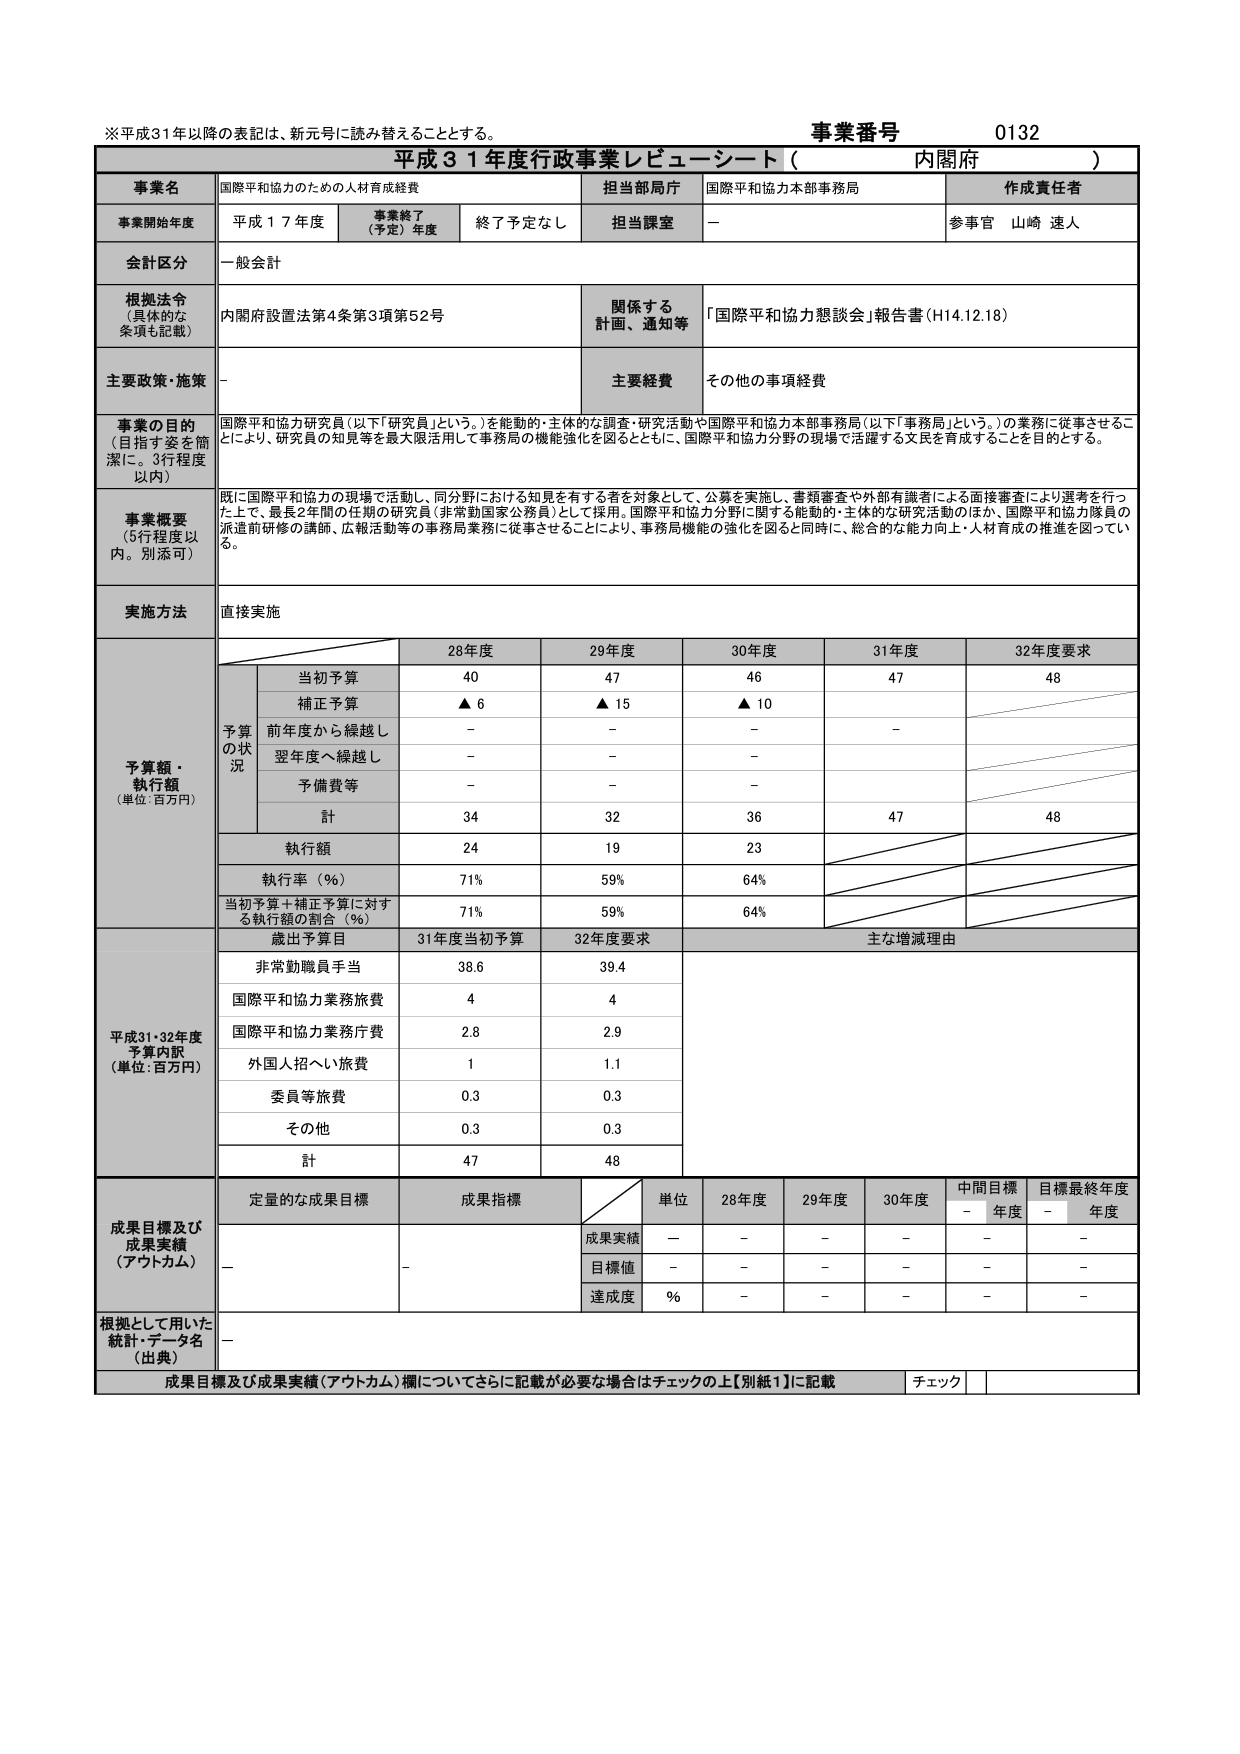
※平成31年以降の表記は、新元号に読み替えることとする。
事業番号 0132
平成31年度行政事業レビュー・シート（内閣府）

事業名 国際平和協力のための人材育成経費
担当部局庁 国際平和協力本部事務局
作成責任者 参事官 山崎 速人

事業開始年度 平成17年度
事業終了（予定）年度 終了予定なし
担当課室 －

会計区分 一般会計

根拠法令（具体的な条項も記載） 内閣府設置法第4条第3項第52号
関係する計画、通知等 「国際平和協力懇談会」報告書（H14.12.18）

主要政策・施策 －
主要経費 その他の事項経費

事業の目的（目指す姿を簡潔に。3行程度以内）
国際平和協力研究員（以下「研究員」という。）を能動的・主体的な調査・研究活動や国際平和協力本部事務局（以下「事務局」という。）の業務に従事させることにより、研究員の知見等を最大限活用して事務局の機能強化を図るとともに、国際平和協力分野の現場で活躍する文民を育成することを目的とする。

事業概要（5行程度以内。別添可）
既に国際平和協力の現場で活動し、同分野における知見を有する者を対象として、公募を実施し、書類審査や外部有識者による面接審査により選考を行った上で、最長2年間の任期の研究員（非常勤国家公務員）として採用。国際平和協力分野に関する能動的・主体的な研究活動のほか、国際平和協力隊員の派遣前研修の講師、広報活動等の事務局業務に従事させることにより、事務局機能の強化を図ると同時に、総合的な能力向上・人材育成の推進を図っている。

実施方法 直接実施

予算額・執行額（単位：百万円）